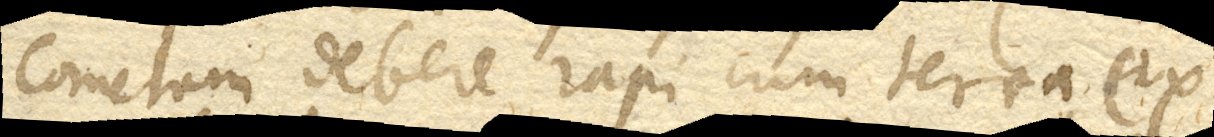
Cometam debere rapi cum terra ex